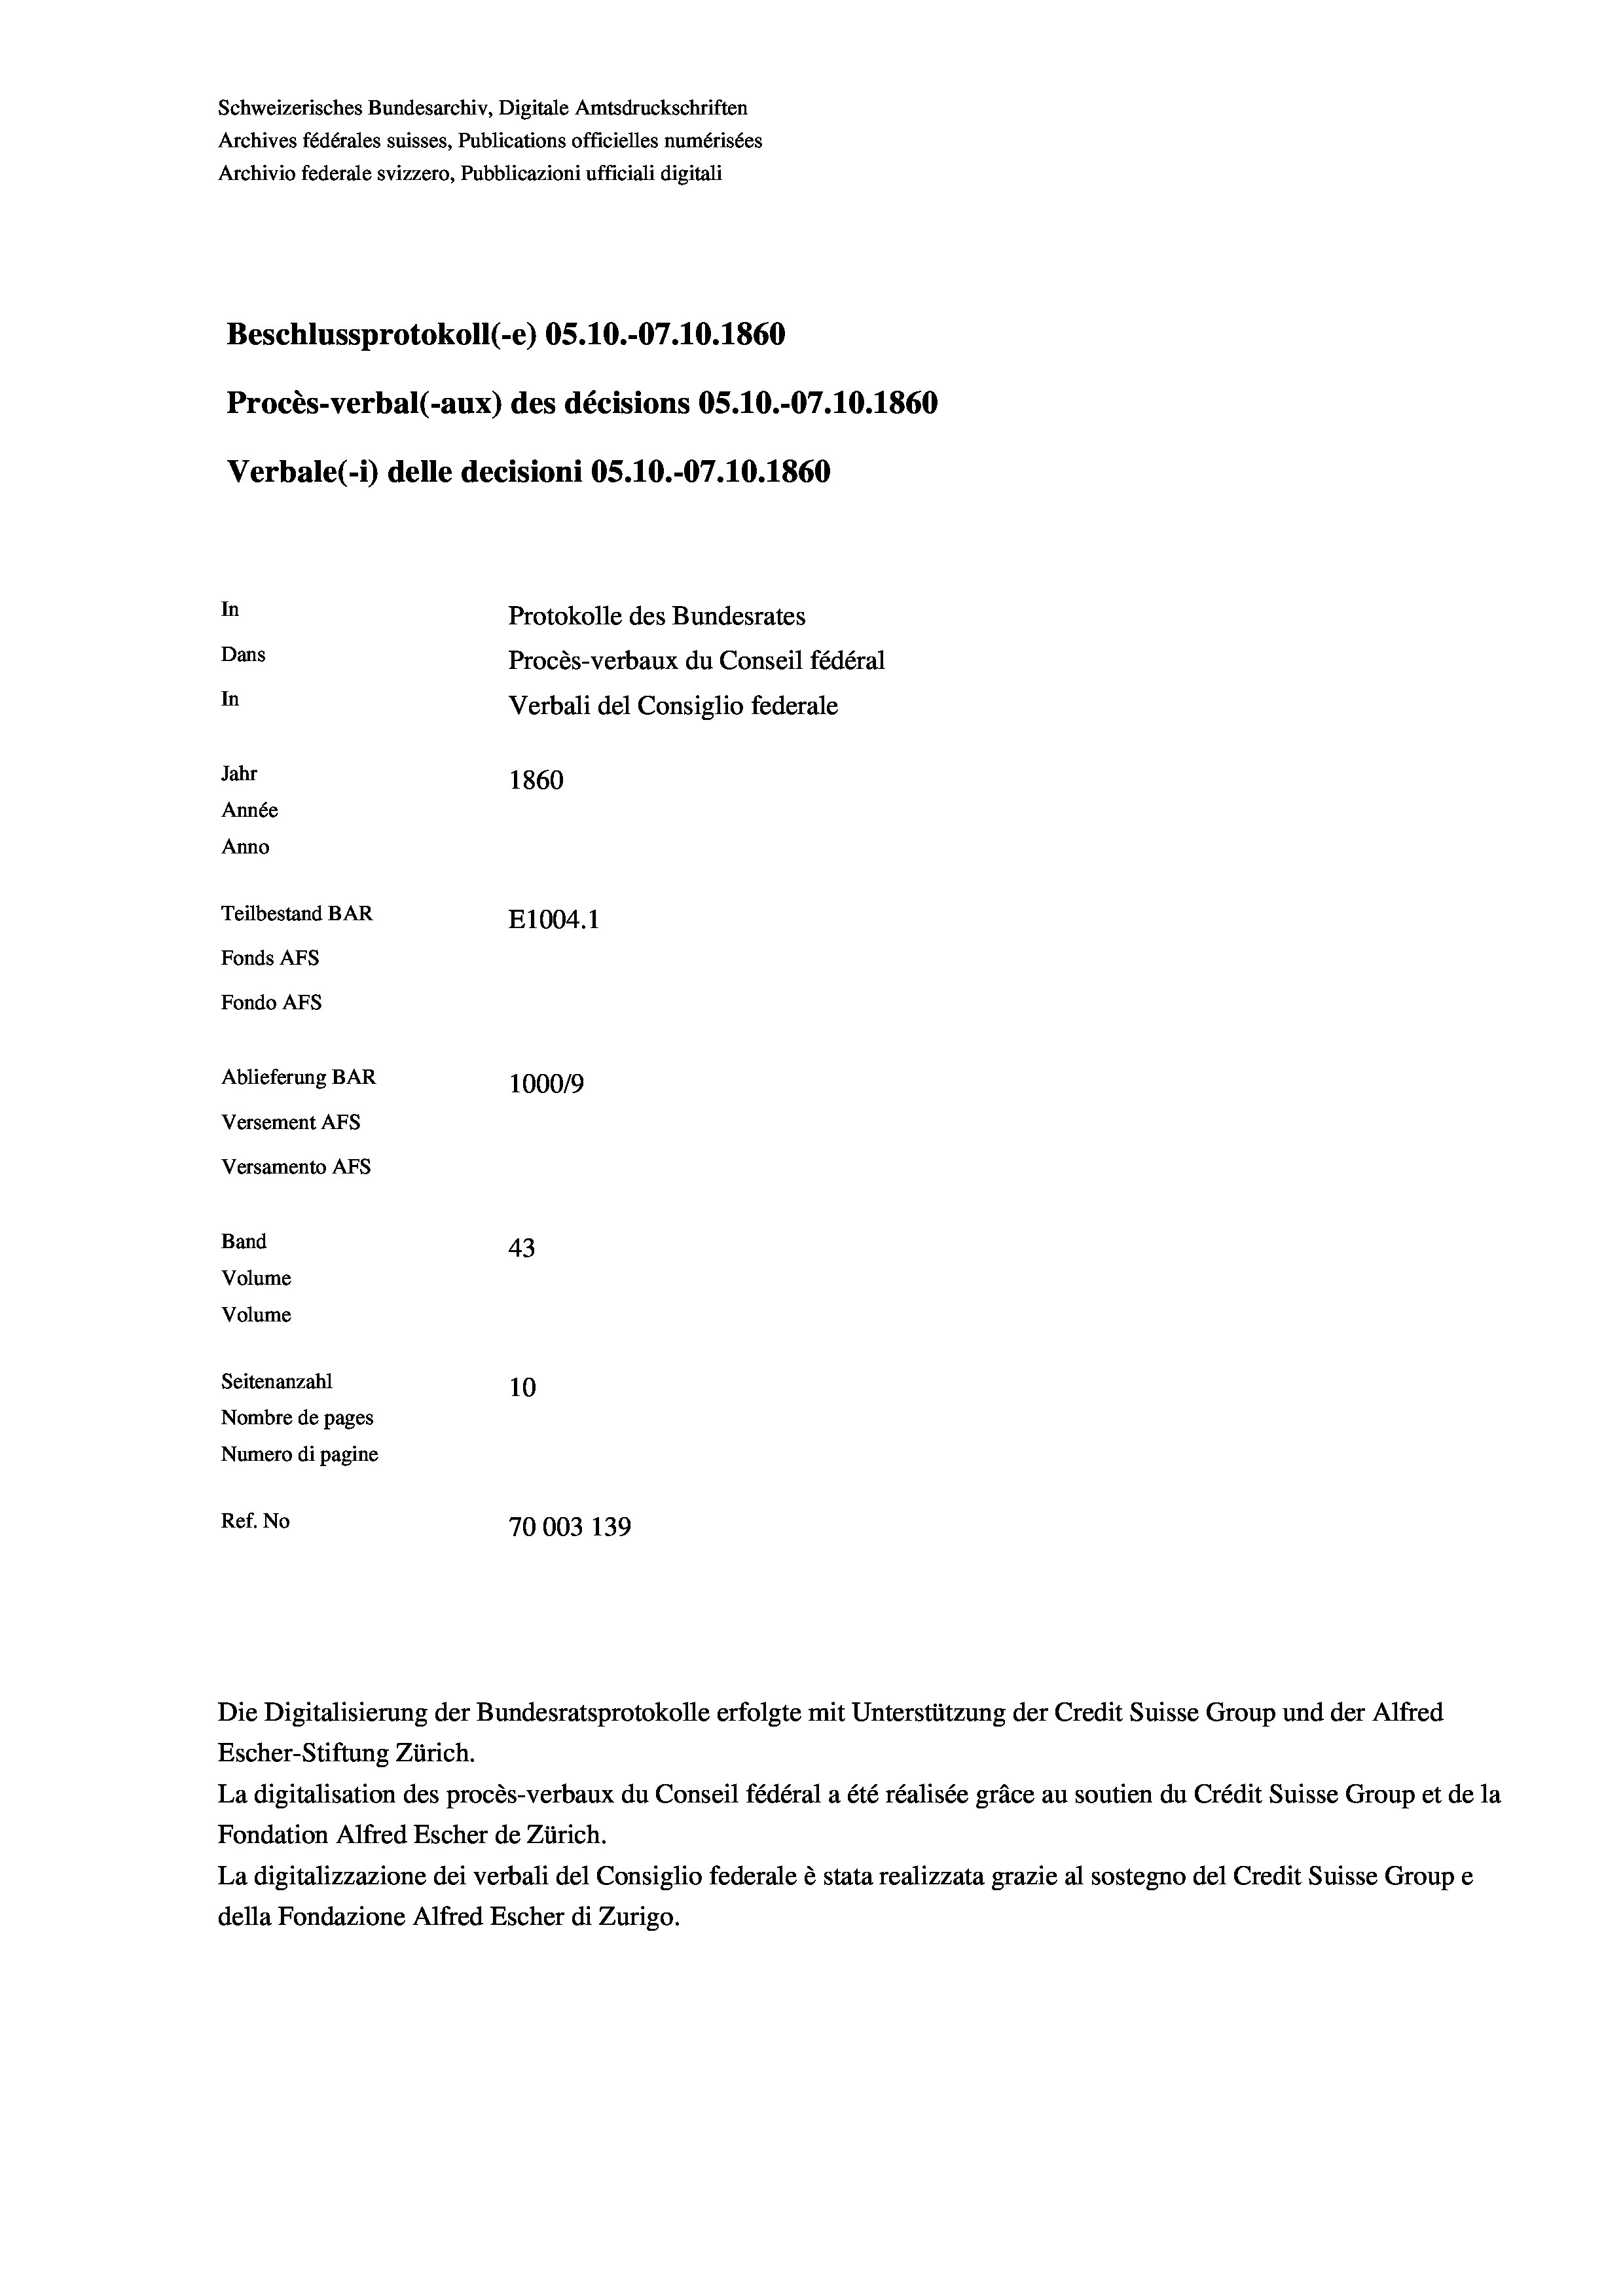
Schweizerisches Bundesarchiv, Digitale Amtsdruckschriften
Archives fédérales suisses, Publications officielles numérisées
Archivio federale svizzero, Pubblicazioni ufficiali digitali
Beschlussprotokoll (-e) 05.10.-07.10.1860
Procès-verbal (-aux) des décisions OS.10.-07.10.1860
Verbale (1) delle decisioni OS.10.-07.10.1860
In
Protokolle des Bundesrates
Dans
Procès-verbaux du Conseil fédéral
In
Verbali del Consiglio federale
Jahr
1860
Année
Anno
Teilbestand BAR
E1004.1
Fonds AFs
Fondo Afs
Ablieferung BAR
100019
Versement AFs
Versamento AFs
Band
43
Volume
Volume
Seitenanzahl
10

Nombre de pages
Numero di pagine
Ref. No
70003 139

La digitalisation des procès-verbaux du Conseil fédéral a été réalisée gräce au soutien du Crédit Suisse Group et de la
Fondation Alfred Escher de Zürich.
La digitalizzazione dei verbali del Consiglio federale è stata realizzata grazie al sostegno del Credit Suisse Groupe
della Fondazione Alfred Escher di Zurigo.

Escher-Stiftung Zürich.

Die Digitalisierung der Bundesratsprotokolle erfolgte mit Unterstützung der Credit Suisse Group und der Alfred